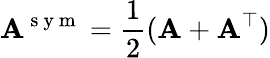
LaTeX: {\mathbf A}^{\mathrm{~s~y~m~}}=\frac{1}{2}({\mathbf A}+{\mathbf A}^{\top})